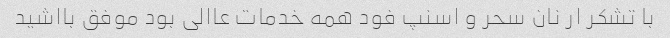
با تشکر ار نان سحر و اسنپ فود همه خدمات عاالی بود موفق بااشید